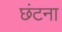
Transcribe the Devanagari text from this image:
छंटना